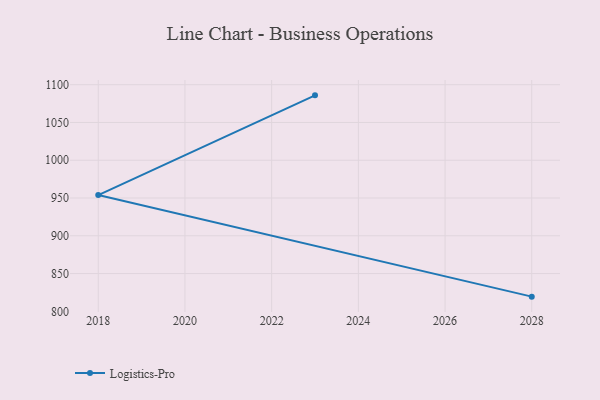
{"axis": {"x": "Year", "y": "Inventory Turnover"}, "legend": ["Logistics-Pro"], "data": [{"x": "2023", "y": 1085.9, "type": "Logistics-Pro"}, {"x": "2018", "y": 953.9, "type": "Logistics-Pro"}, {"x": "2028", "y": 819.4, "type": "Logistics-Pro"}]}